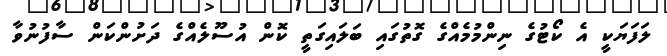
ލަފަޔަކީ އެ ކޯޓުގެ ނިންމުމެއްގެ ގޮތުގައި ބަލައިގަތީ ކޮން އުސޫލެއްގެ ދަށުންކަން ސާފުނުވާ